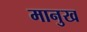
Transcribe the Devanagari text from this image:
मानुख